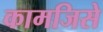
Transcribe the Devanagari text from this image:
कामजिसे